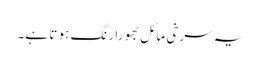
یہ سرخی مائل بھورا رنگ ہو تا ہے۔